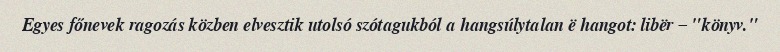
Egyes főnevek ragozás közben elvesztik utolsó szótagukból a hangsúlytalan ë hangot: libër – "könyv."